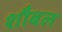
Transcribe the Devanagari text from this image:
शौबल